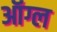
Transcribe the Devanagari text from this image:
ऑग्ल